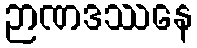
ဉာဏဒဿနေ